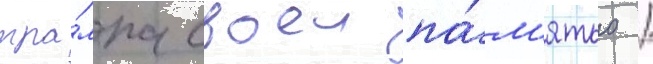
тра́мпа своеи па́м'ятью /